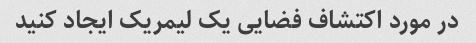
در مورد اکتشاف فضایی یک لیمریک ایجاد کنید